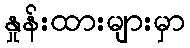
နှုန်းထားများမှာ